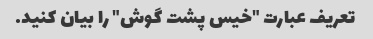
تعریف عبارت "خیس پشت گوش" را بیان کنید.